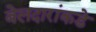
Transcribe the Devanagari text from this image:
बेलदारांकडे